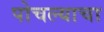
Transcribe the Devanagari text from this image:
पोचल्याचा